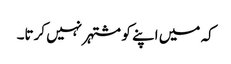
کہ میں اپنے کو مشتہر نہیں کرتا۔